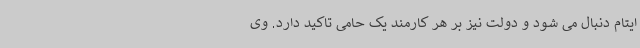
ایتام دنبال می شود و دولت نیز بر هر کارمند یک حامی تاکید دارد. وی